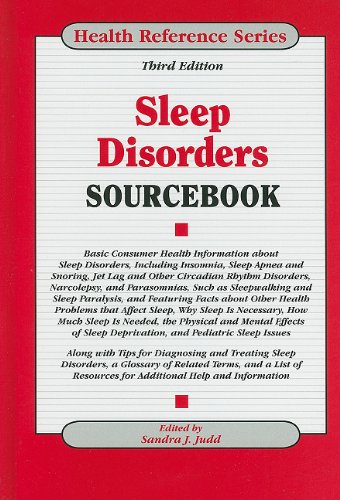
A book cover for Sleep Disorders Sourcebook; Health, Fitness & Dieting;